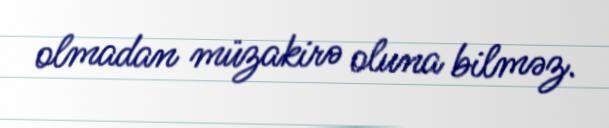
olmadan müzakirə oluna bilməz.